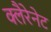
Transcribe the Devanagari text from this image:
क्लैरेनेट